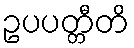
ဥပပတ္တီတိ